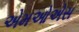
એમઓએસ